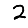
Digit: 2